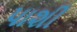
પાશી